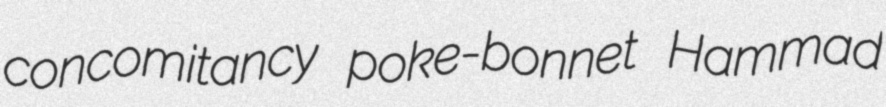
concomitancy poke-bonnet Hammad